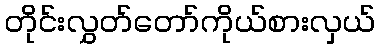
တိုင်းလွှတ်တော်ကိုယ်စားလှယ်